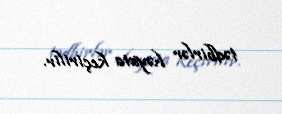
tədbirlər həyata keçirilir.